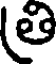
తి